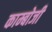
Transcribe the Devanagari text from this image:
काम्बोजी